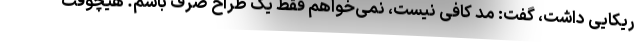
ریکایی داشت، گفت: مد کافی نیست، نمی‌خواهم فقط یک طراح صرف باشم. هیچوقت